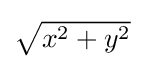
{\textstyle {\sqrt {x^{2}+y^{2}}}}